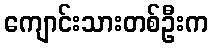
ကျောင်းသားတစ်ဦးက